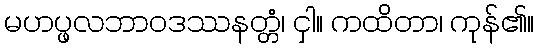
မဟပ္ဖလဘာဝဒဿနတ္တံ၊ ငှါ။ ကထိတာ၊ ကုန်၏။